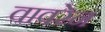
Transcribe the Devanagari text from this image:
वावरेन